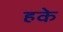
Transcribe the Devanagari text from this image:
हके